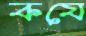
কযে